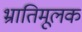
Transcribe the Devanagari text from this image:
भ्रातिमूलक